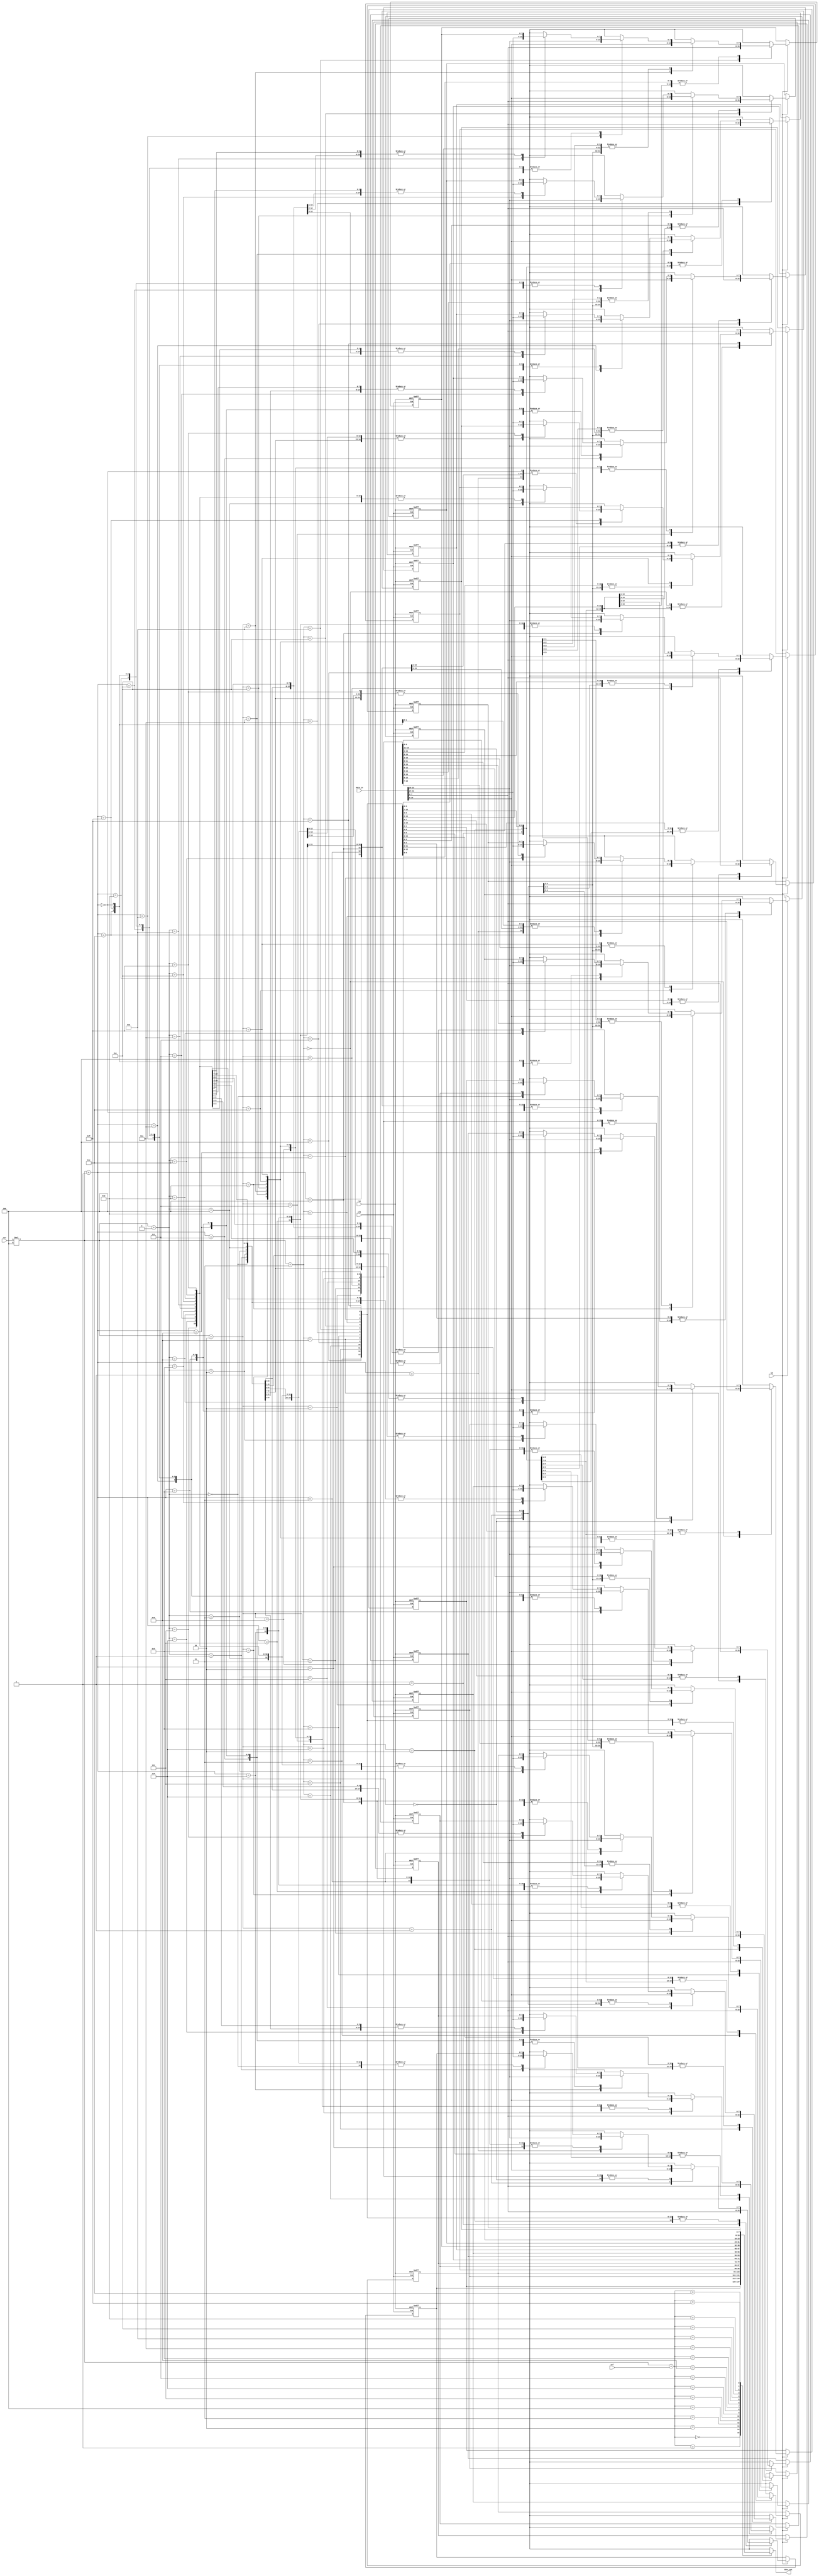
module filter_buffer
(
    input clk,
    input rst,
    input ld,
    input[1:0] row,
    input[1:0] col,
    input[31:0] data_in,
    output[7:0] data_out
);
    reg[7:0] buffer[0:3][0:3];
    integer i, j;
    always@ (posedge clk or posedge rst)
    begin
        if(rst)
        begin
            for(i = 0; i < 4; i = i + 1)
            begin
                for(j = 0; j < 4; j = j + 1)
                begin
                    buffer[i][j] = 8'b0;
                end
            end
        end
        else if(ld)
        begin
            buffer[row][0] = data_in[31:24];
            buffer[row][1] = data_in[23:16];
            buffer[row][2] = data_in[15:8];
            buffer[row][3] = data_in[7:0];
        end
    end
    assign data_out = buffer[row][col];
endmodule